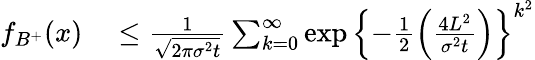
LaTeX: \begin{array}{rl}{f_{B^{+}}(x)}&{{}\leq\frac{1}{\sqrt{2\pi\sigma^{2}t}}\sum_{k=0}^{\infty}\exp\left\lbrace-\frac{1}{2}\left(\frac{4L^{2}}{\sigma^{2}t}\right)\right\rbrace^{k^{2}}}\end{array}